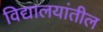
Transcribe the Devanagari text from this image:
विद्यालयांतील